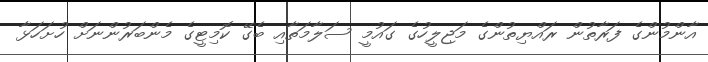
އާންމުންގެ ފަރާތުން ރައްޔިތުންގެ މަޖިލީހުގެ ގައުމީ ސަލާމަތާއި ބެގޭ ކޮމިޓީގެ މެންބަރުންނަށް ހުށަހަޅާ